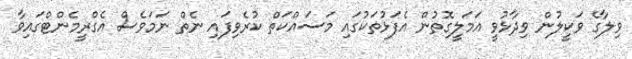
ވިލާގެ ވަކީލުން ވިދާޅުވީ އަމަލީގޮތުން އެފަޅުތަކުގައި މަސައްކަތް ކުރެވިފައި ނެތް ނަމަވެސް އެގްރީމެންޓްގައިވާ